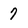
Character: 7